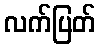
လက်ပြတ်